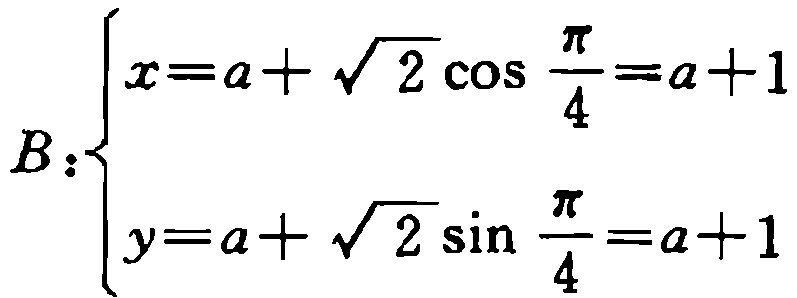
\[
B:\left\{
\begin{array}{l}
x = a+\sqrt{2}\cos\frac{\pi}{4}=a + 1\\
y = a+\sqrt{2}\sin\frac{\pi}{4}=a + 1
\end{array}
\right.
\]